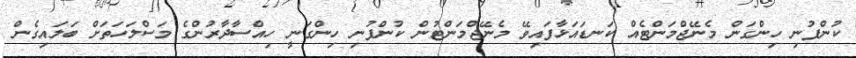
ކުންފުނި ހިންގަން މެނޭޖްމަންޓެއް ކަނޑައަޅާފައިވޭ މެނޭޖްމަންޓުން ކުންފުނި ހިންގަނީ ހިއްސާދާރުންގެ މަސްލަހަތަށް ބަލައިގެން